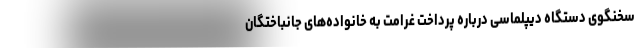
سخنگوی دستگاه دیپلماسی درباره پرداخت غرامت به خانواده‌های جانباختگان